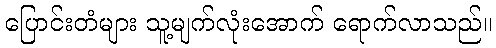
ပြောင်းတံများ သူ့မျက်လုံးအောက် ရောက်လာသည်။